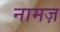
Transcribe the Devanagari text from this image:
नामज़